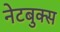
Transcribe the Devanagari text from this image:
नेटबुक्स